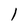
Character: 1